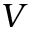
V